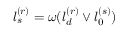
l _ { s } ^ { ( r ) } = \omega ( l _ { d } ^ { ( r ) } \vee l _ { 0 } ^ { ( s ) } )